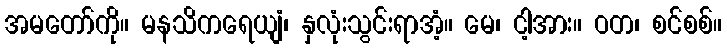
အမတော်ကို။ မနသိကရေယျံ၊ နှလုံးသွင်းရာအံ့။ မေ၊ ငါ့အား။ ဝတ၊ စင်စစ်။